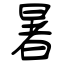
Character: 暑